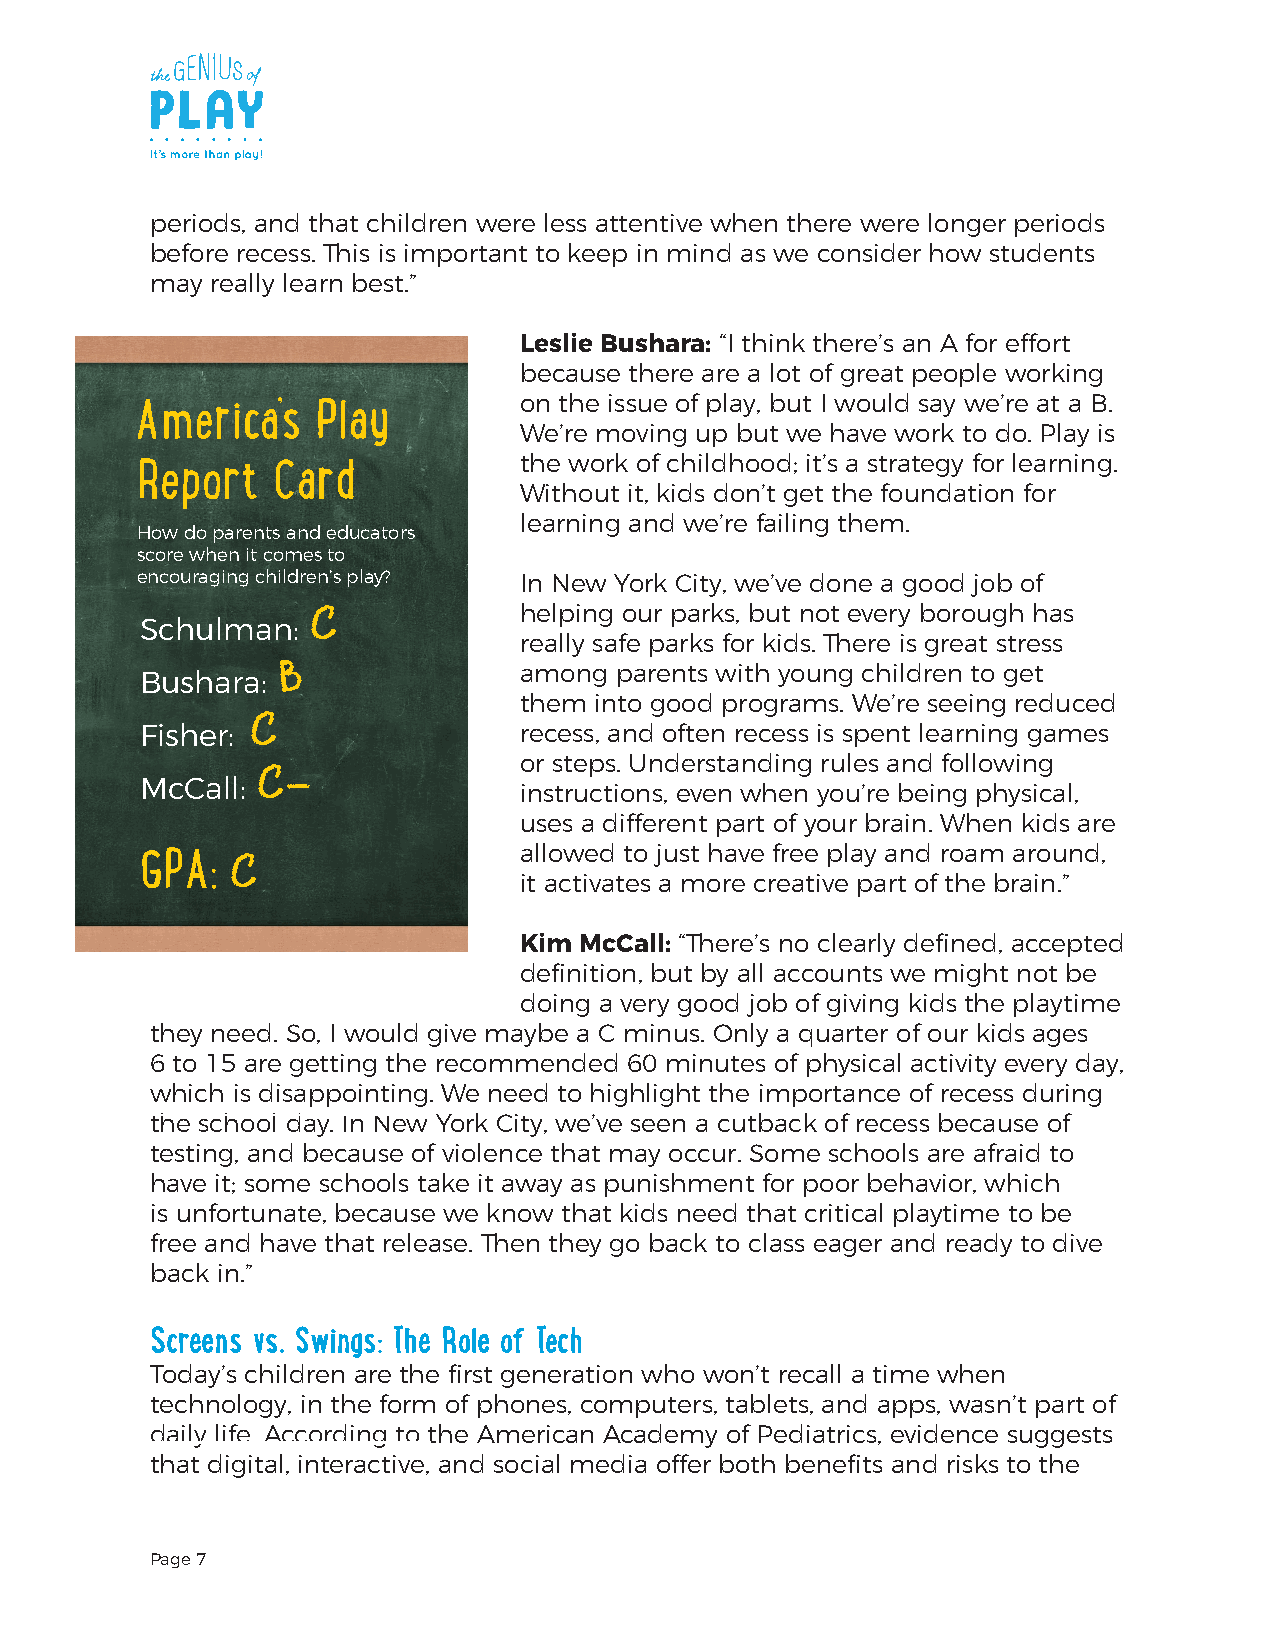
periods, and that children were less attentive when there were longer periods
 before recess. This is important to keep in mind as we consider how students
 may really learn best.”
 Leslie Bushara: “I think there’s an A for effort
 because there are a lot of great people working
 on the issue of play, but I would say we’re at a B.
 America’s   Play
 We’re moving up but we have work to do. Play is
 the work of childhood; it’s a strategy for learning.
 Report   Card
 Without it, kids don’t get the foundation for
 learning and we’re failing them.
 How do parents and educators
 score when it comes to
 encouraging children’s play? In New York City, we’ve done a good job of
 Schulman:
 C            helping our parks, but not every borough has
 really safe parks for kids. There is great stress
 Bushara:
 B               among  parents with young children to get
 them into good programs. We’re seeing reduced
 C
 Fisher:                  recess, and often recess is spent learning games
 or steps. Understanding rules and following
 McCall:
 C-
 instructions, even when you’re being physical,
 uses a different part of your brain. When kids are
 allowed to just have free play and roam around,
 GPA:  C
 it activates a more creative part of the brain.”
 Kim McCall: “There’s no clearly defined, accepted
 definition, but by all accounts we might not be
 doing a very good job of giving kids the playtime
 they need. So, I would give maybe a C minus. Only a quarter of our kids ages
 6 to 15 are getting the recommended 60 minutes of physical activity every day,
 which is disappointing. We need to highlight the importance of recess during
 the school day. In New York City, we’ve seen a cutback of recess because of
 testing, and because of violence that may occur. Some schools are afraid to
 have it; some schools take it away as punishment for poor behavior, which
 is unfortunate, because we know that kids need that critical playtime to be
 free and have that release. Then they go back to class eager and ready to dive
 back in.”
 Screens vs. Swings: The Role of Tech
 Today’s children are the first generation who won’t recall a time when
 technology, in the form of phones, computers, tablets, and apps, wasn’t part of
 daily life. According to the American Academy of Pediatrics, evidence suggests
 that digital, interactive, and social media offer both benefits and risks to the
 Page 7